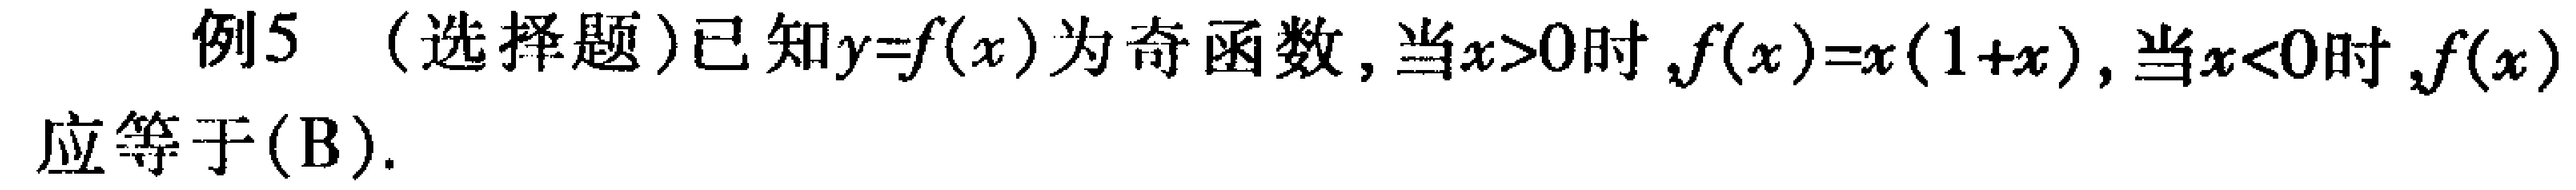
例5（选择题）已知\(y = f(x)\)为奇函数，当\(x>0\)时，\(f(x)=x(1 + x)\)，当\(x<0\)时，\(f(x)\)应等于(B).